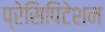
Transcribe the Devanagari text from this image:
प्रेसिपिटेशन